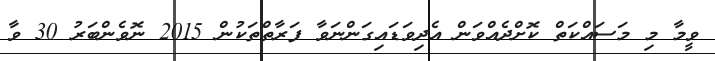
ވީމާ މި މަސައްކަތް ކޮށްދެއްވަން އެދިވަޑައިގަންނަވާ ފަރާތްތަކުން 2015 ނޮވެންބަރު 30 ވާ